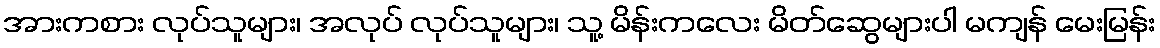
အားကစား လုပ်သူများ၊ အလုပ် လုပ်သူများ၊ သူ့ မိန်းကလေး မိတ်ဆွေများပါ မကျန် မေးမြန်း